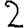
Digit: 2